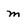
Character: m